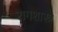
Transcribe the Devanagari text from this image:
रागशास्त्र